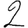
Digit: 2